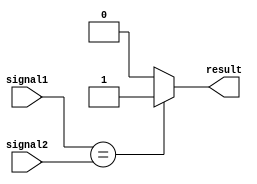
module comparator (
  input [7:0] signal1,
  input [7:0] signal2,
  output reg result
);

always @ (*) begin
  if (signal1 == signal2) begin
    result <= 1'b1; // equal
  end else if (signal1 < signal2) begin
    result <= 1'b0; // less than
  end else begin
    result <= 1'b0; // greater than
  end
end

endmodule